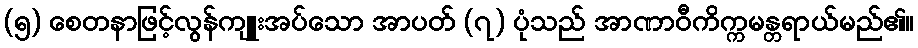
(၅) စေတနာဖြင့်လွန်ကျူးအပ်သော အာပတ် (၇) ပုံသည် အာဏာဝီကိက္ကမန္တရာယ်မည်၏။